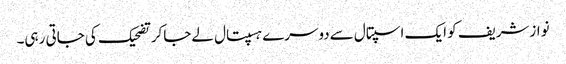
نوازشریف کو ایک اسپتال سےدوسرے ہسپتال لےجاکرتضحیک کی جاتی رہی۔